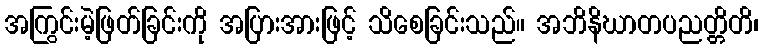
အကြွင်းမဲ့ဖြတ်ခြင်းကို အပြားအားဖြင့် သိစေခြင်းသည်။ အဘိနိဃာတပညတ္တိတိ၊